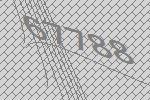
67788